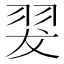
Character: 翇